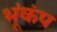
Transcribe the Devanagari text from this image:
भूंकंप